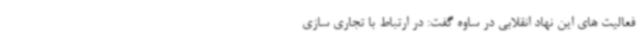
فعالیت های این نهاد انقلابی در ساوه گفت: در ارتباط با تجاری سازی